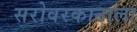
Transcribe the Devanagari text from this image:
सरोवरकाठाला